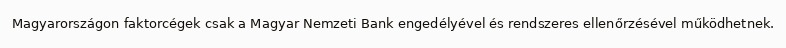
Magyarországon faktorcégek csak a Magyar Nemzeti Bank engedélyével és rendszeres ellenőrzésével működhetnek.